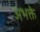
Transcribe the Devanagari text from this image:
अभक्ते